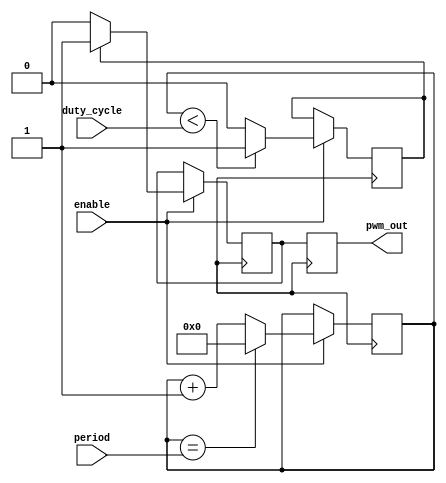
module pwm_timer(
    input wire enable,
    input wire [7:0] duty_cycle,
    input wire [15:0] period,
    output reg pwm_out
);

reg [15:0] counter;
reg comparator_output;
reg output_sync;

always @ (posedge clk) begin
    if (enable) begin
        if (counter == period) begin
            counter <= 0;
        end else begin
            counter <= counter + 1;
        end
        
        if (counter < duty_cycle) begin
            comparator_output <= 1;
        end else begin
            comparator_output <= 0;
        end
        
        if (comparator_output) begin
            output_sync <= 1;
        end else begin
            output_sync <= 0;
        end
    end
end

always @ (posedge clk) begin
    pwm_out <= output_sync;
end

endmodule